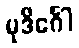
မုဒိင်္ဂေါ